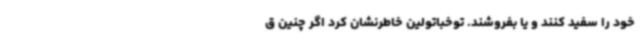
خود را سفید کنند و یا بفروشند. توخباتولین خاطرنشان کرد اگر چنین ق